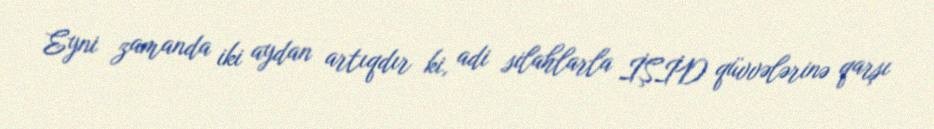
Eyni zamanda iki aydan artıqdır ki, adi silahlarla İŞİD qüvvələrinə qarşı